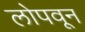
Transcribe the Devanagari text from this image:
लोपवून